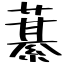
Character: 藄